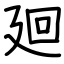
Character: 廻